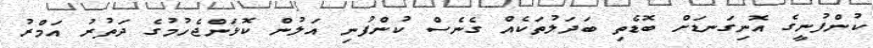
ކުންފުނީގެ އޮނިގަނޑަށް ބޮޑެތި ބަދަލުތަކެއް ގެނެސް ކުންފުނި އަލުން ކޮޅަންޖެހުމުގެ ދަތުރު އަމްރު